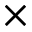
\times